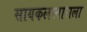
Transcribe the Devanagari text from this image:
सायकलस्वाराला